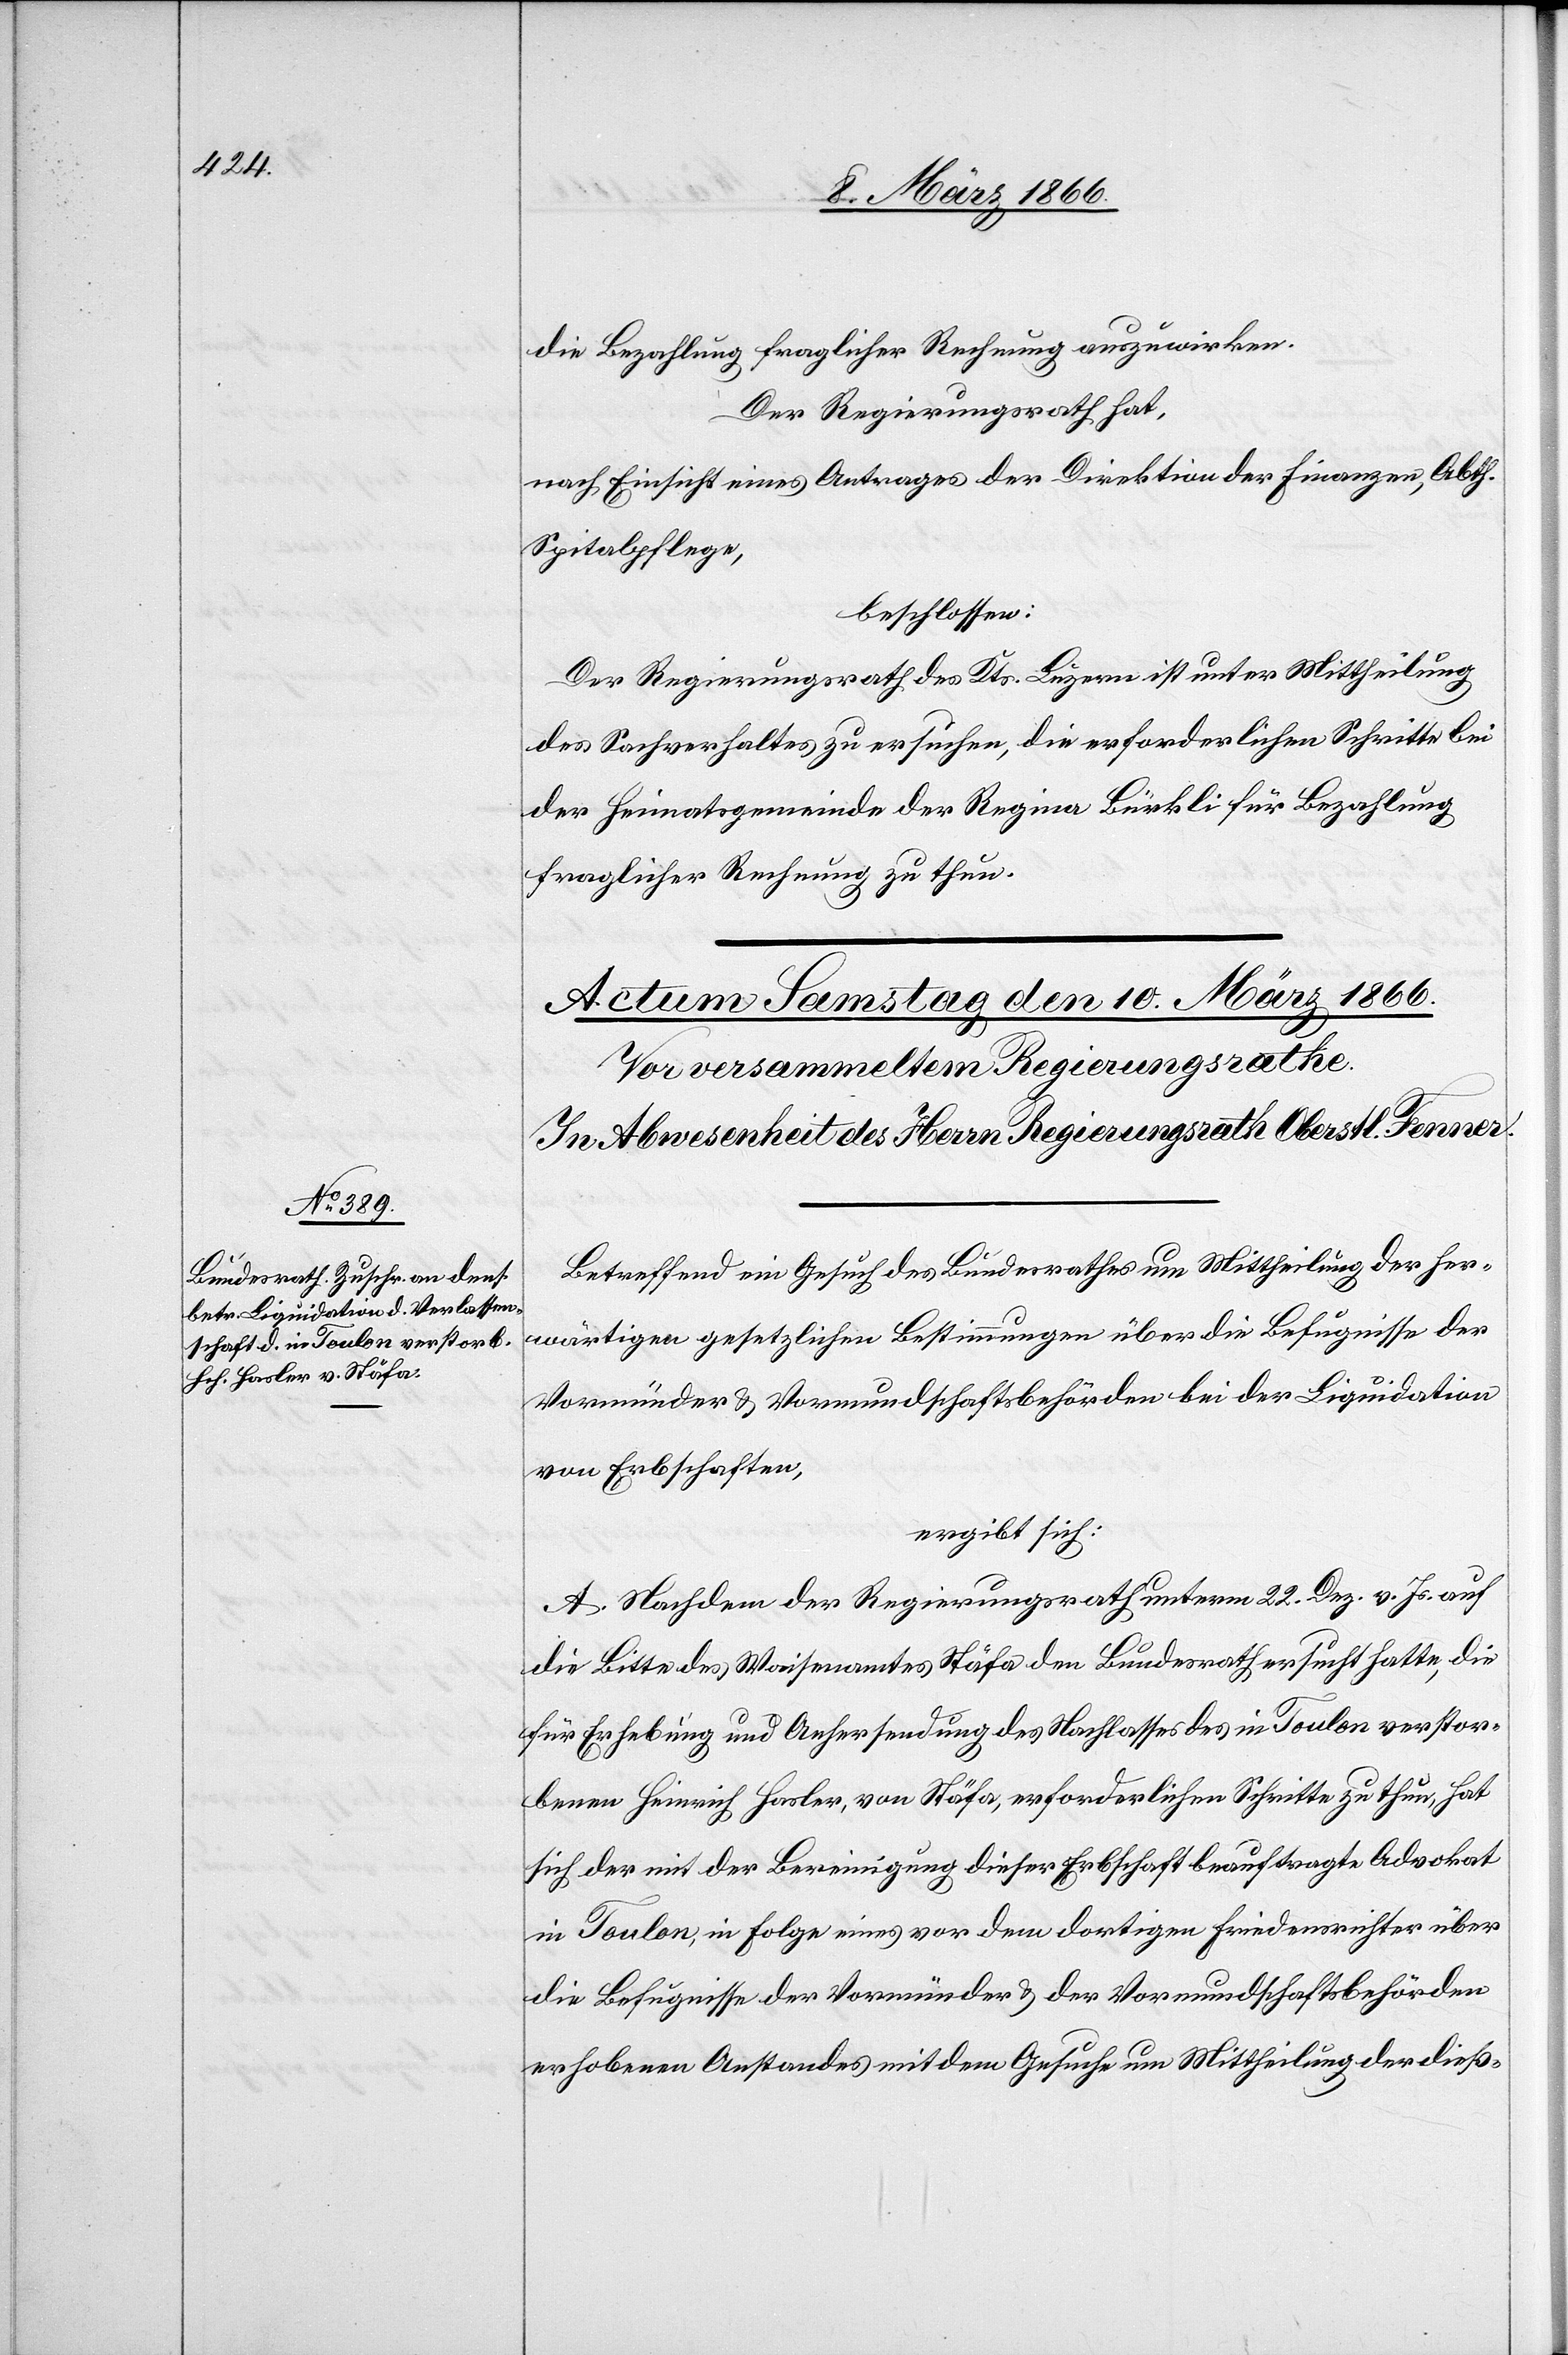
die Bezahlung fraglicher Rechnung auszuwirken.
Der Regierungsrath hat,
nach Einsicht eines Antrages der Direktion der Finanzen, Abth.
Spitalpflege,
beschlossen:
Der Regierungsrath des Kts. Luzern ist unter Mittheilung
des Sachverhaltes zu ersuchen, die erforderlichen Schritte bei
der Heimatgemeinde der Regina Bürkli für Bezahlung
fraglicher Rechnung zu thun.
Betreffend ein Gesuch des Bundesrathes um Mittheilung der her¬
wärtigen gesetzlichen Bestimmungen über die Befugnisse der
Vormünder u. Vormundschaftsbehörden bei der Liquidation
von Erbschaften,
ergibt sich:
A. Nachdem der Regierungsrath unterm 22. Dez. v. Js. auf
die Bitte des Waisenamtes Stäfa den Bundesrath ersucht hatte, die
für Erledigung und Anhersendung des Nachlasses des in Toulon verstor¬
benen Heinrich Hasler, von Stäfa, erforderlichen Schritte zu thun, hat
sich der mit der Bereinigung dieser Erbschaft beauftragte Advokat
in Toulon, in Folge eines vor dem dortigen Friedensrichter über
die Befugnisse der Vormünder u. der Vormundschaftsbehörden
erhobenen Anstandes mit dem Gesuche um Mittheilung der dieß-